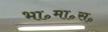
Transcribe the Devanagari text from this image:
भा॰मा॰स॰